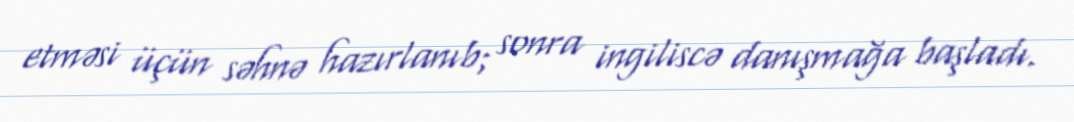
etməsi üçün səhnə hazırlanıb; sonra ingiliscə danışmağa başladı.